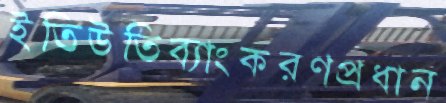
ইতিউতিব্যাংকরণপ্রধান